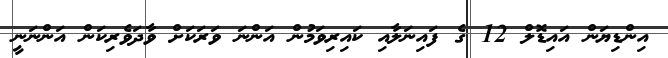
އިންޑިޔަން އައިޑޮލް 12 ގެ ފައިނަލާއި ކައިރިވަމުން އަންނަ ވަރަކަށް ވާދަވެރިކަން އަންނަނީ